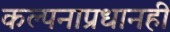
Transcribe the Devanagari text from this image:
कल्पनाप्रधानही